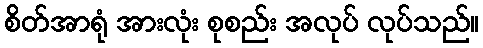
စိတ်အာရုံ အားလုံး စုစည်း အလုပ် လုပ်သည်။